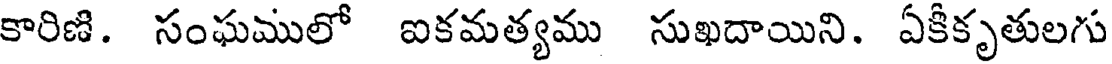
కారిణి. సంఘములో ఐకమత్యము సుఖదాయిని. ఏకీకృతులగు